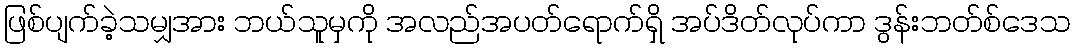
ဖြစ်ပျက်ခဲ့သမျှအား ဘယ်သူမှကို အလည်အပတ်ရောက်ရှိ အပ်ဒိတ်လုပ်ကာ ဒွန်းဘတ်စ်ဒေသ